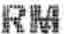
RM